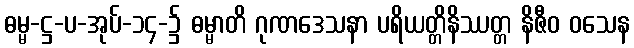
ဓမ္မ-ဋ္ဌ-ပ-အုပ်-၁၄-၌ ဓမ္မာတိ ဂုဏဒေသနာ ပရိယတ္တိနိဿတ္တ နိဇီဝ ဝသေန